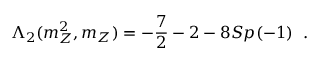
\Lambda _ { 2 } ( m _ { Z } ^ { 2 } , m _ { Z } ) = - \frac { 7 } { 2 } - 2 - 8 S p ( - 1 ) \; \; .